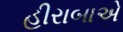
હીરાબાએ